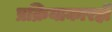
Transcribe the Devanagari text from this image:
प्रक्रियाकारही